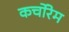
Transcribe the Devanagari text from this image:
कर्चोरेम